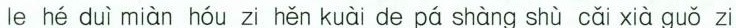
le hé duì miàn hóu zi hěn kuài de pá shàng shù cǎi xià guǒ zi